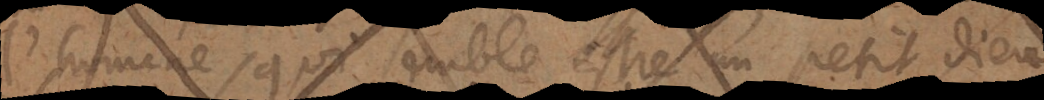
de l’homme, qui semble estre un petit Dieu